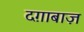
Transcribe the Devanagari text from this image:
दग़ाबाज़